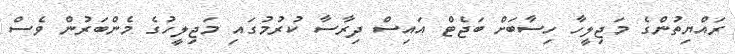
ރައްޔިތުންގެ މަޖިލީހާ ހިސާބަށް ބަޖެޓް އައިސް ދިރާސާ ކުރުމުގައި މަޖިލީހުގެ މެންބަރުން ވެސް